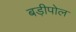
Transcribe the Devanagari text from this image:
बड़ीपोल